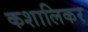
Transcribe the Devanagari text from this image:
कशालिकर